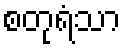
စတုရံသာ